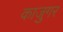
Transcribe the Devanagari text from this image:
काजुगर